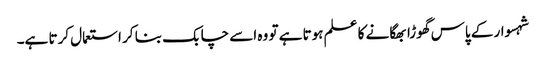
شہسوار کے پاس گھوڑا بھگانے کا علم ہوتا ہے تو وہ اسے چابک بنا کر استعمال کرتا ہے۔